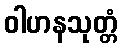
ဝါဟနသုတ္တံ